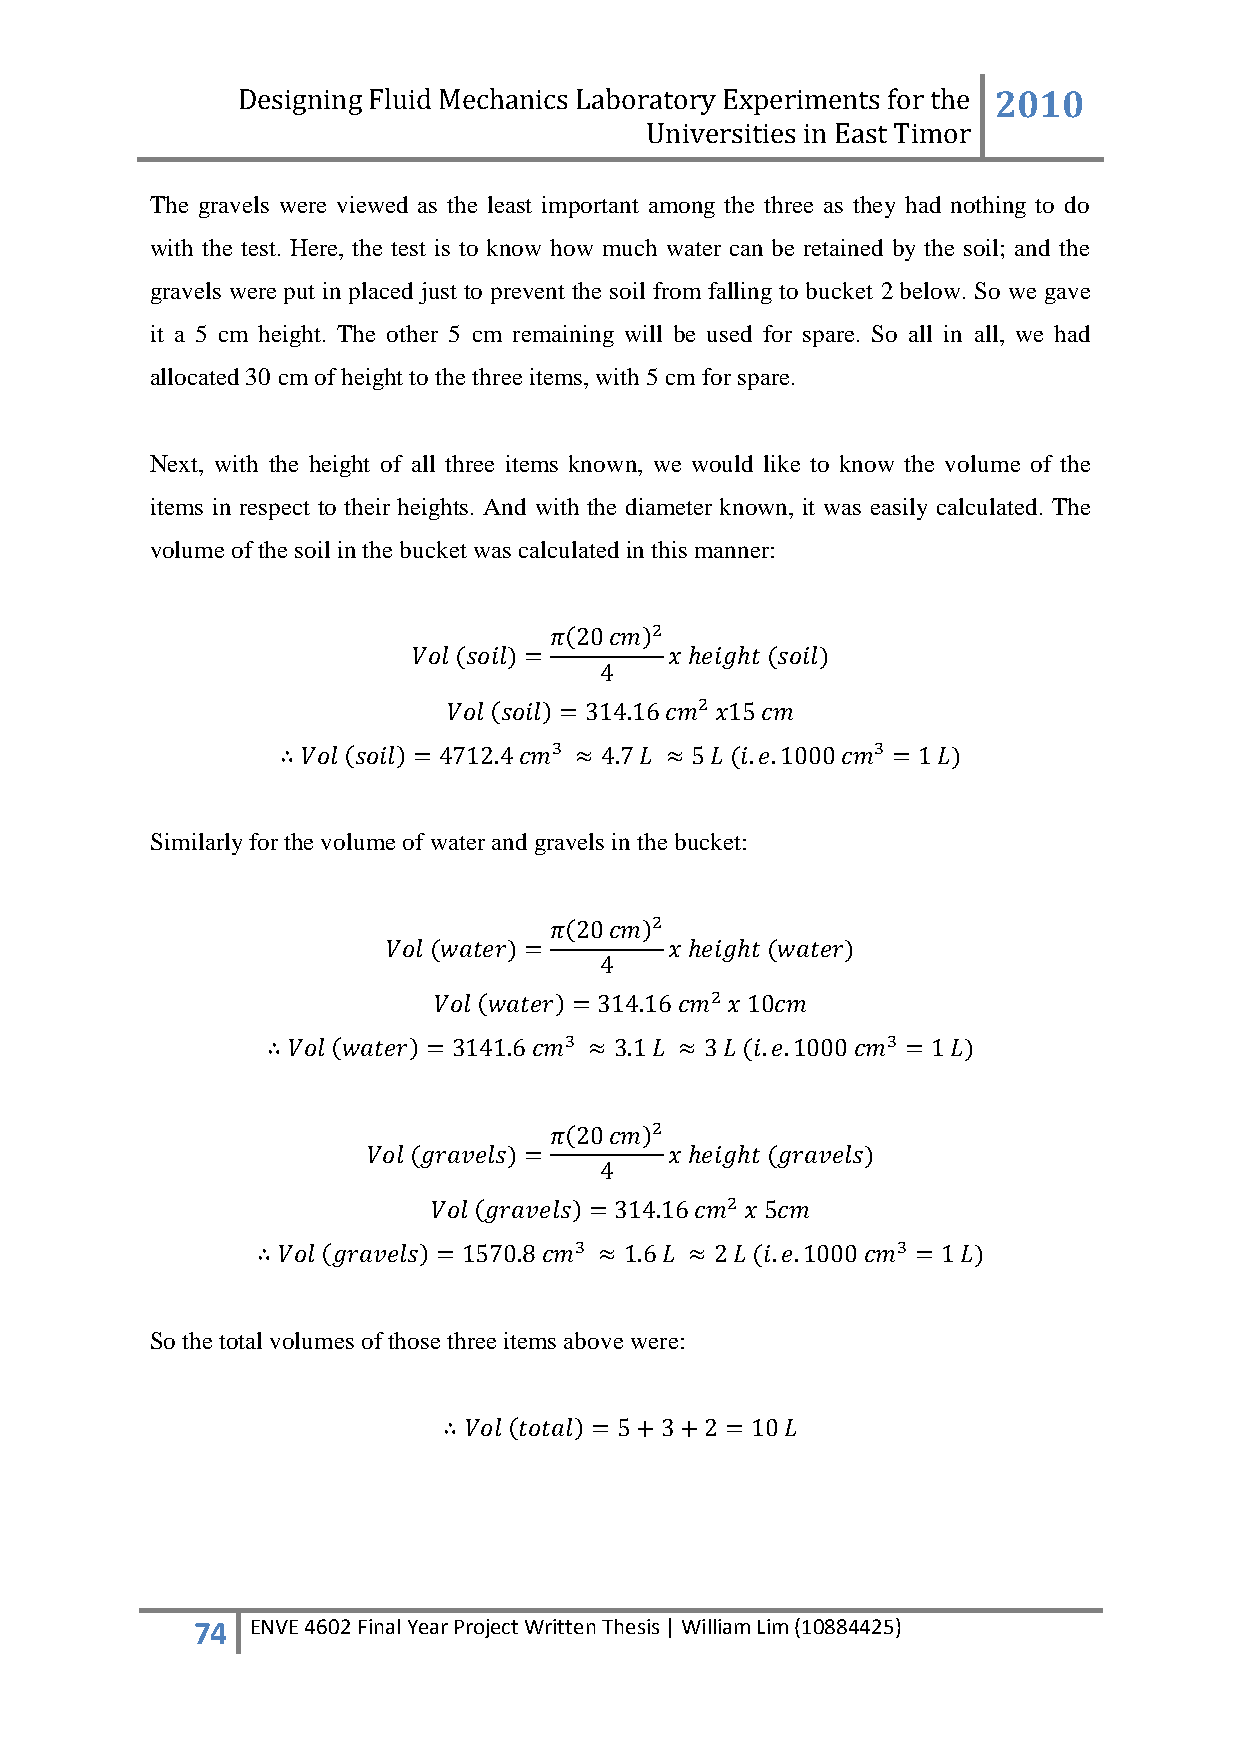
Designing Fluid Mechanics Laboratory Experiments for the 2010
 Universities in East Timor
 The gravels were viewed as the least important among the three as they had nothing to do
 with the test. Here, the test is to know how much water can be retained by the soil; and the
 gravels were put in placed just to prevent the soil from falling to bucket 2 below. So we gave
 it a 5 cm height. The other 5 cm remaining will be used for spare. So all in all, we had
 allocated 30 cm of height to the three items, with 5 cm for spare.
 Next, with the height of all three items known, we would like to know the volume of the
 items in respect to their heights. And with the diameter known, it was easily calculated. The
 volume of the soil in the bucket was calculated in this manner:
 Similarly for the volume of water and gravels in the bucket:
 So the total volumes of those three items above were:
 74  ENVE 4602 Final Year Project Written Thesis | William Lim (10884425)